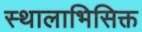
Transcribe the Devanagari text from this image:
स्थालाभिसिक्त